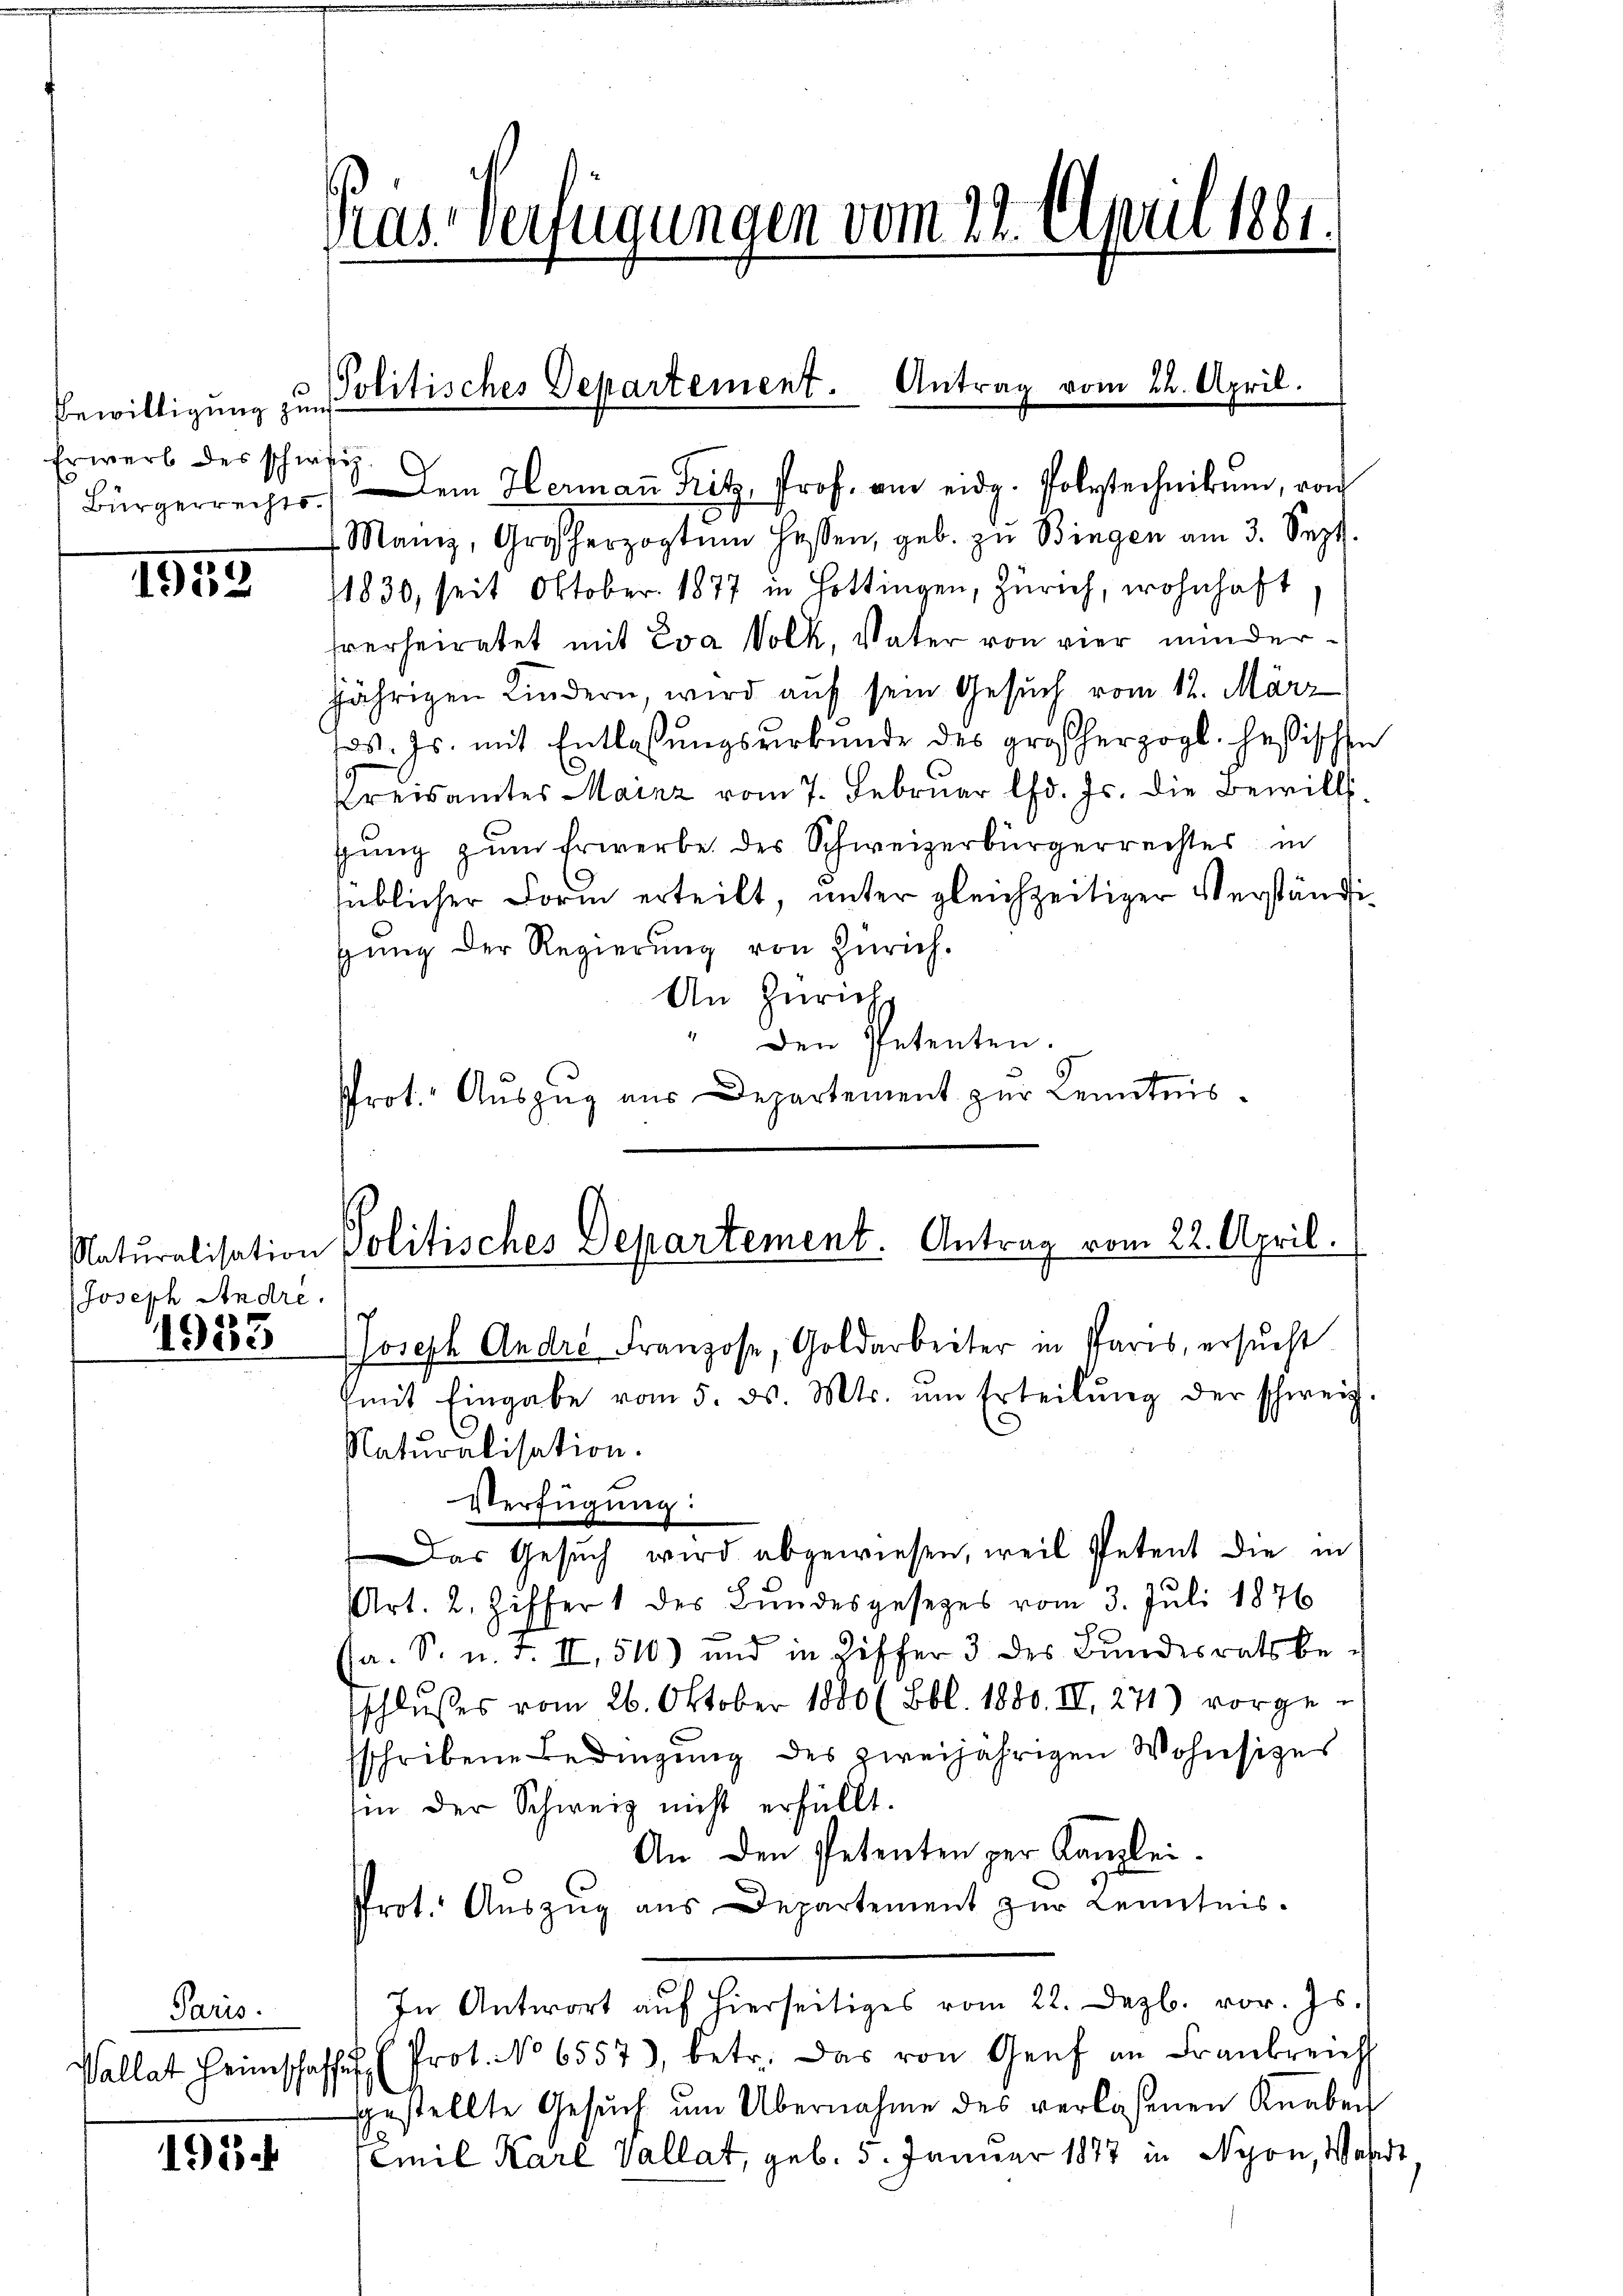
Bewilligung zum
Erwerb des schweiz

1955

JJoseph Andre.
1933

Paris.

191

Pras-Verfügungen vom 22. April 1861.

Bürgerrechts. Dem Hermaṅ Fritz, Prof. am eidg. Polytechnikum, von
Mann, Großherzogtum hassen, geb. zu Bingen am 3. Sept.
1830, seit Oktober 1877 in Hottingen, Zürich, wohnhaft
frerheiratet mit Eva Volk, Vater von vier minderjährigen Kindern, wird auf sein Gesuch vom 12. März
s. Js. mit Entlassungsurkunde des großherzogl. Heßischen
Kreisamtes Mainz vom 7. Februar d. Js. die Bewill.
gŭng zŭm Erwerbe des Schweizerbürgerrechtes in
lüblicher Form erteilt, unter gleichzeitiger Verständigung der Regierung von Zürich.
An Züricht
" Den Petenten.
Prot. Auszug aus Departement zur Kenntnis.
7
Joseph Andre Franzose, Goldarbeiter in Paris, ersucht
mit Eingabe vom 5. ds. Mts. ŭm Erteilŭng der schweiz.
Naturalisation.
Verfügung:
Das Gesuch wird abgewiesen, weil Petent die in
Art. 2. Ziffer 1 des Bundesgesezes vom 3. Juli 1876
(a. S. u. F. II, 510) und in Ziffer 3 des Bundesrats be-
sschlusses vom 26. Oktober 1880 (Bbl. 1880. III. 271) vorge-
sschribene Bedingung des zweijährigen Wohnsitzes
Ein der Schweiz nicht erfüllt.
An den Petenten per Kanzlei-
Prot. Aŭszŭg aŭs Departement zŭr Kenntnis.
In Antwort auf hierseitiges vom 22. Dezb. vor. Js.)
Vallat Heimschaffen (Prot. No 6557), betr. Das von Genf an Frankreich
gestellte Gesŭch ŭm Übernahme des verlassenen Knaben
Emil Karl Vallat, geb. 5. Januar 1877 in Nyon, Wahrst

Politisches Departement. Antrag vom 22. April.

Naturalisation Politisches Departement. Antrag vom 22. April.